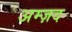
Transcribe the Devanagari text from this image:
अम्ज़द